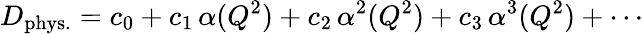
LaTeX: D_{\mathrm{phys.}}=c_{0}+c_{1}\, \alpha(Q^{2})+c_{2}\, \alpha^{2}(Q^{2})+c_{3}\, \alpha^{3}(Q^{2})+\cdots